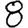
Digit: 8